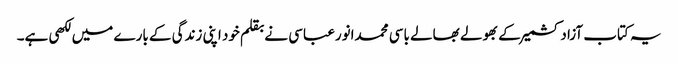
یہ کتاب آزادکشمیر کے بھولے بھالے باسی محمدانورعباسی نے بقلم خود اپنی زندگی کے بارے میں لکھی ہے۔